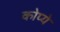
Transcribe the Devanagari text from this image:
कोप्ये